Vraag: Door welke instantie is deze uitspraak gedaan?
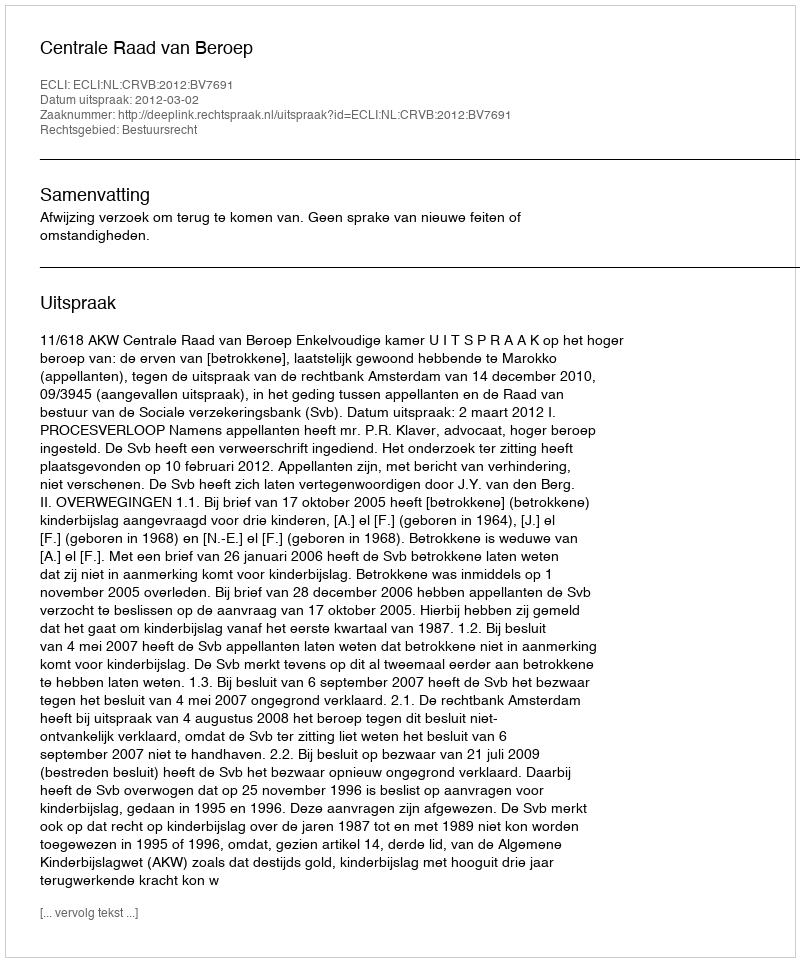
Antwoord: Centrale Raad van Beroep